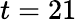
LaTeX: t=21